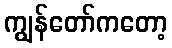
ကျွန်တော်ကတော့